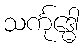
သင်္ကုဒ္ဓေါ